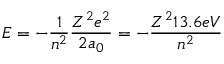
E = - { \frac { 1 } { n ^ { 2 } } } { \frac { Z ^ { 2 } e ^ { 2 } } { 2 a _ { 0 } } } = - { \frac { Z ^ { 2 } 1 3 . 6 e V } { n ^ { 2 } } }